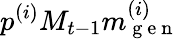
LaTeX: p^{(i)}M_{t-1}m_{\mathrm{~g~e~n~}}^{(i)}